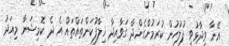
އޭނާ ވިދާޅުވީ ފުލުހުން ކުރަމުންގެންދާ ގަވާއިދާ ޚިލާފުކަންތައްތައް އެ ދެ ކޮމިޝަނާ މިއަދު